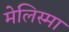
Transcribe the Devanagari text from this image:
मेलिस्मा